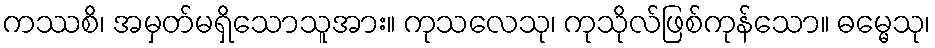
ကဿစိ၊ အမှတ်မရှိသောသူအား။ ကုသလေသု၊ ကုသိုလ်ဖြစ်ကုန်သော။ ဓမ္မေသု၊